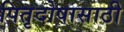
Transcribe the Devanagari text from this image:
पितृदोषासाठी